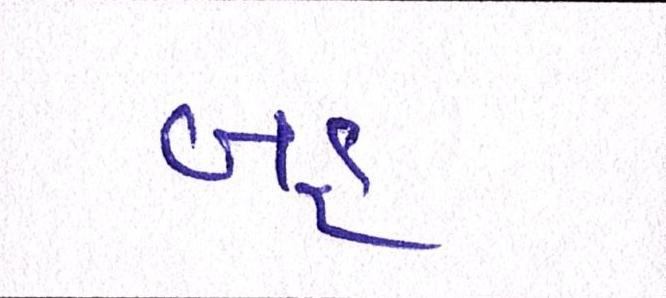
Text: બહ